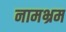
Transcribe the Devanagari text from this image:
नामभ्रम